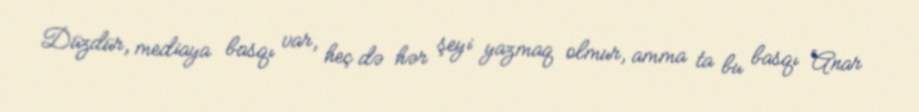
Düzdür, mediaya basqı var, heç də hər şeyi yazmaq olmur, amma ta bu basqı Anar